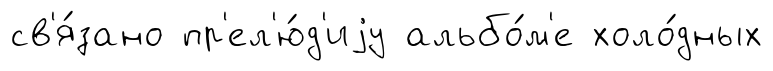
св'я́зано пр'ел'ю́д'иjу альбо́м'е холо́дных